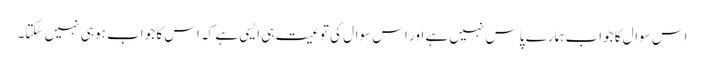
اس سوال کا جواب ہمارے پاس نہیں ہے اور اس سوال کی توعیت ہی ایسی ہے کہ اس کا جواب ہو ہی نہیں سکتا۔